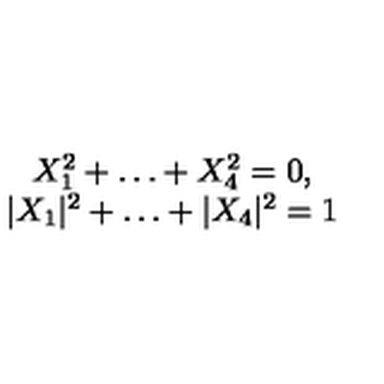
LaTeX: \begin{array} { c } { X _ { 1 } ^ { 2 } + \ldots + X _ { 4 } ^ { 2 } = 0 , } \\ { | X _ { 1 } | ^ { 2 } + \ldots + | X _ { 4 } | ^ { 2 } = 1 } \\ \end{array}